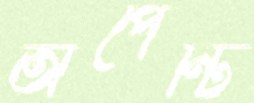
অপেন্টি